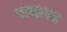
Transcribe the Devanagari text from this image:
सदास्य